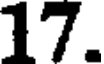
17.